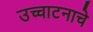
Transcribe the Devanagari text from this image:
उच्चाटनाचे